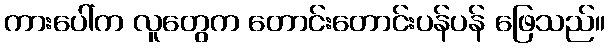
ကားပေါ်က လူတွေက တောင်းတောင်းပန်ပန် ဖြေသည်။